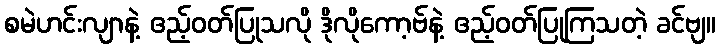
စမဲဟင်းလျာနဲ့ ဧည့်ဝတ်ပြုသလို ဒိုလိုကော့ဗ်နဲ့ ဧည့်ဝတ်ပြုကြသတဲ့ ခင်ဗျ။